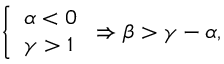
\begin{array} { r } { \left\{ \begin{array} { l l } { \alpha < 0 } \\ { \gamma > 1 } \end{array} \right. \Rightarrow \beta > \gamma - \alpha , } \end{array}